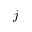
j